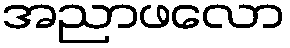
အညာဖလော